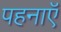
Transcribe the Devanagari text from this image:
पहनाऍं